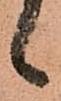
候